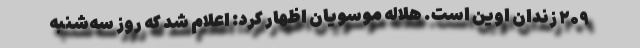
۲۰۹ زندان اوین است. هلاله موسویان اظهار کرد: اعلام شد که روز سه‌شنبه